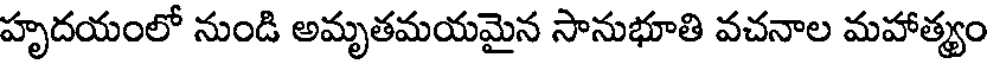
హృదయంలో నుండి అమృతమయమైన సానుభూతి వచనాల మహాత్యం